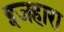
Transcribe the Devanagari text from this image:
इजहारा